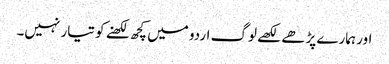
اور ہمارے پڑھے لکھے لوگ اردو میں کچھ لکھنے کو تیار نہیں۔